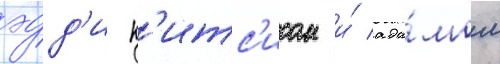
эдд'и к'итс'исом и́ ада́мом